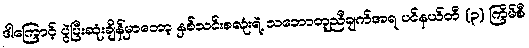
ဒါကြောင့် ပွဲပြီးဆုံးချိန်မှာတော့ နှစ်သင်းစလုံးရဲ့ သဘောတူညီချက်အရ ပင်နယ်တီ (၃) ကြိမ်စီ